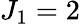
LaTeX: J_{1}=2